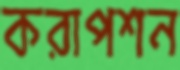
করাপশন